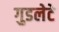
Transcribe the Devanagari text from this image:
गुडलेटे